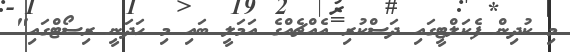
މި ކުދިން ފެކަލްޓީގައި ދަސްކުރި އެއްޗެއްގެ އަމަލީ ބައި މި ހަދަނީ ރިސޯޓްގައި"